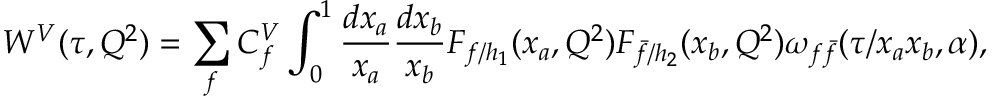
W ^ { V } ( \tau , Q ^ { 2 } ) = \sum _ { f } C _ { f } ^ { V } \int _ { 0 } ^ { 1 } { \frac { d x _ { a } } { x _ { a } } } { \frac { d x _ { b } } { x _ { b } } } F _ { f / h _ { 1 } } ( x _ { a } , Q ^ { 2 } ) F _ { { \bar { f } } / h _ { 2 } } ( x _ { b } , Q ^ { 2 } ) \omega _ { f { \bar { f } } } ( \tau / x _ { a } x _ { b } , \alpha ) ,